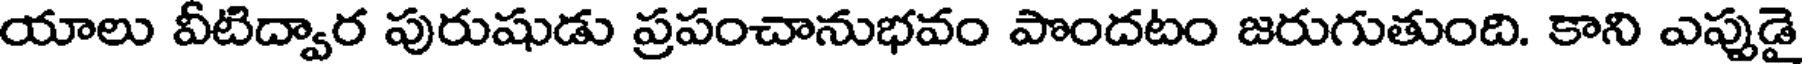
యాలు వీటిద్వార పురుషుడు ప్రపంచానుభవం పొందటం జరుగుతుంది. కాని ఎప్పుడై